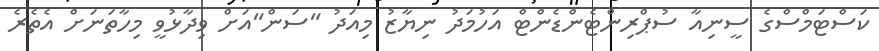
ކަސްޓަމްސްގެ ސީނިއާ ސުޕްރިންޓެންޑެންޓް އަހުމަދު ނިޔާޒު މިއަދު "ސަން"އަށް ވިދާޅުވީ މިހާތަނަށް އެތެރެ